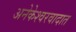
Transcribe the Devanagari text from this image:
अनेकेश्वरवादात